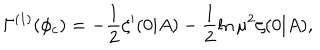
\Gamma ^ { ( 1 ) } ( \phi _ { c } ) = - \frac 1 2 \zeta ^ { \prime } ( 0 | A ) - \frac 1 2 \ln \mu ^ { 2 } \zeta ( 0 | A ) ,